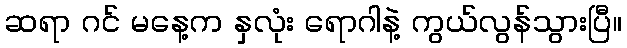
ဆရာ ဂင် မနေ့က နှလုံး ရောဂါနဲ့ ကွယ်လွန်သွားပြီ။